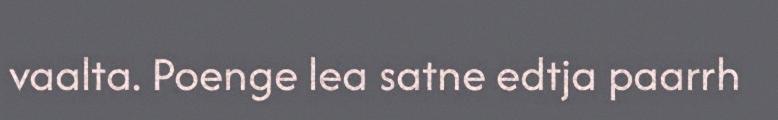
vaalta. Poenge lea satne edtja paarrh